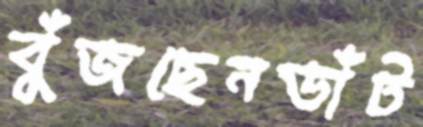
বুঁজছেনডাঁট